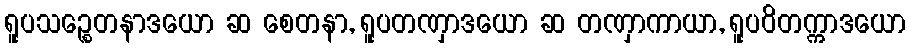
ရူပသဉ္စေတနာဒယော ဆ စေတနာ, ရူပတဏှာဒယော ဆ တဏှာကာယာ, ရူပဝိတက္ကာဒယော